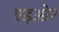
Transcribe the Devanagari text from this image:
एइओर